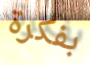
بفكرة